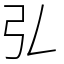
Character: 𢎞